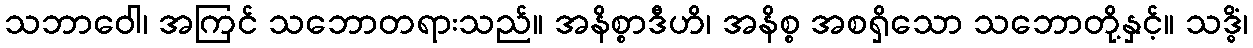
သဘာဝေါ၊ အကြင် သဘောတရားသည်။ အနိစ္စာဒီဟိ၊ အနိစ္စ အစရှိသော သဘောတို့နှင့်။ သဒ္ဓိံ၊